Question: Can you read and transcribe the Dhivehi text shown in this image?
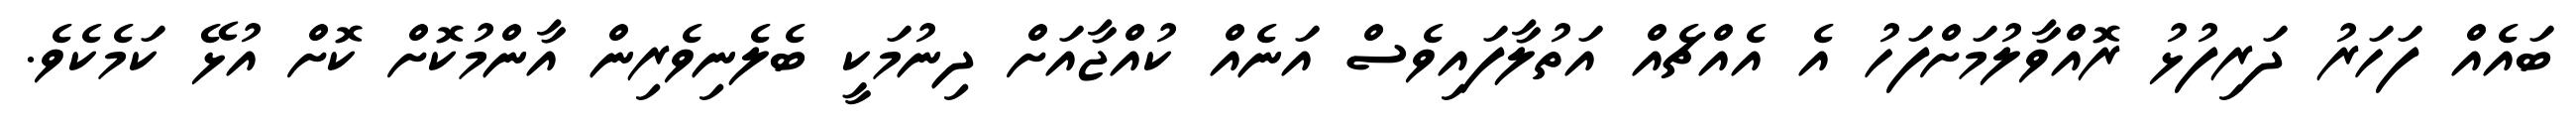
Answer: ބައެއް ފަހަރު ދަރިފުޅު ރޮއްވާލުމަށްފަހު އެ އެއްޗެއް އަތުލާފައިވެސް އަނެއް ކުއްޖާއަށް ދިނުމަކީ ބެލެނިވެރިން އާންމުކޮށް ކޮށް އުޅޭ ކަމެކެވެ.